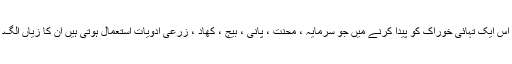
اس ایک تہائی خوراک کو پیدا کرنے میں جو سرمایہ ، محنت ، پانی ، بیج ، کھاد ، زرعی ادویات استعمال ہوتی ہیں ان کا زیاں الگ۔